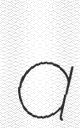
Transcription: a